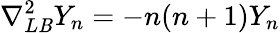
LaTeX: \nabla_{L\mathit{B}}^{2}Y_{n}=-n(n+1)Y_{n}